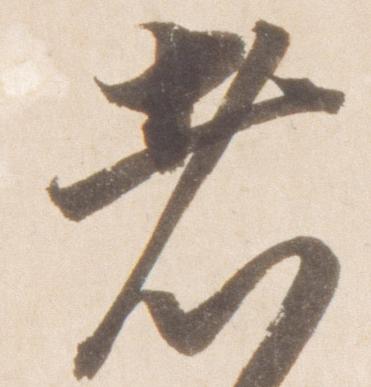
者